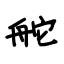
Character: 舵